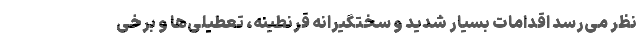
نظر می‌رسد اقدامات بسیار شدید و سختگیرانه قرنطینه، تعطیلی‌ها و برخی